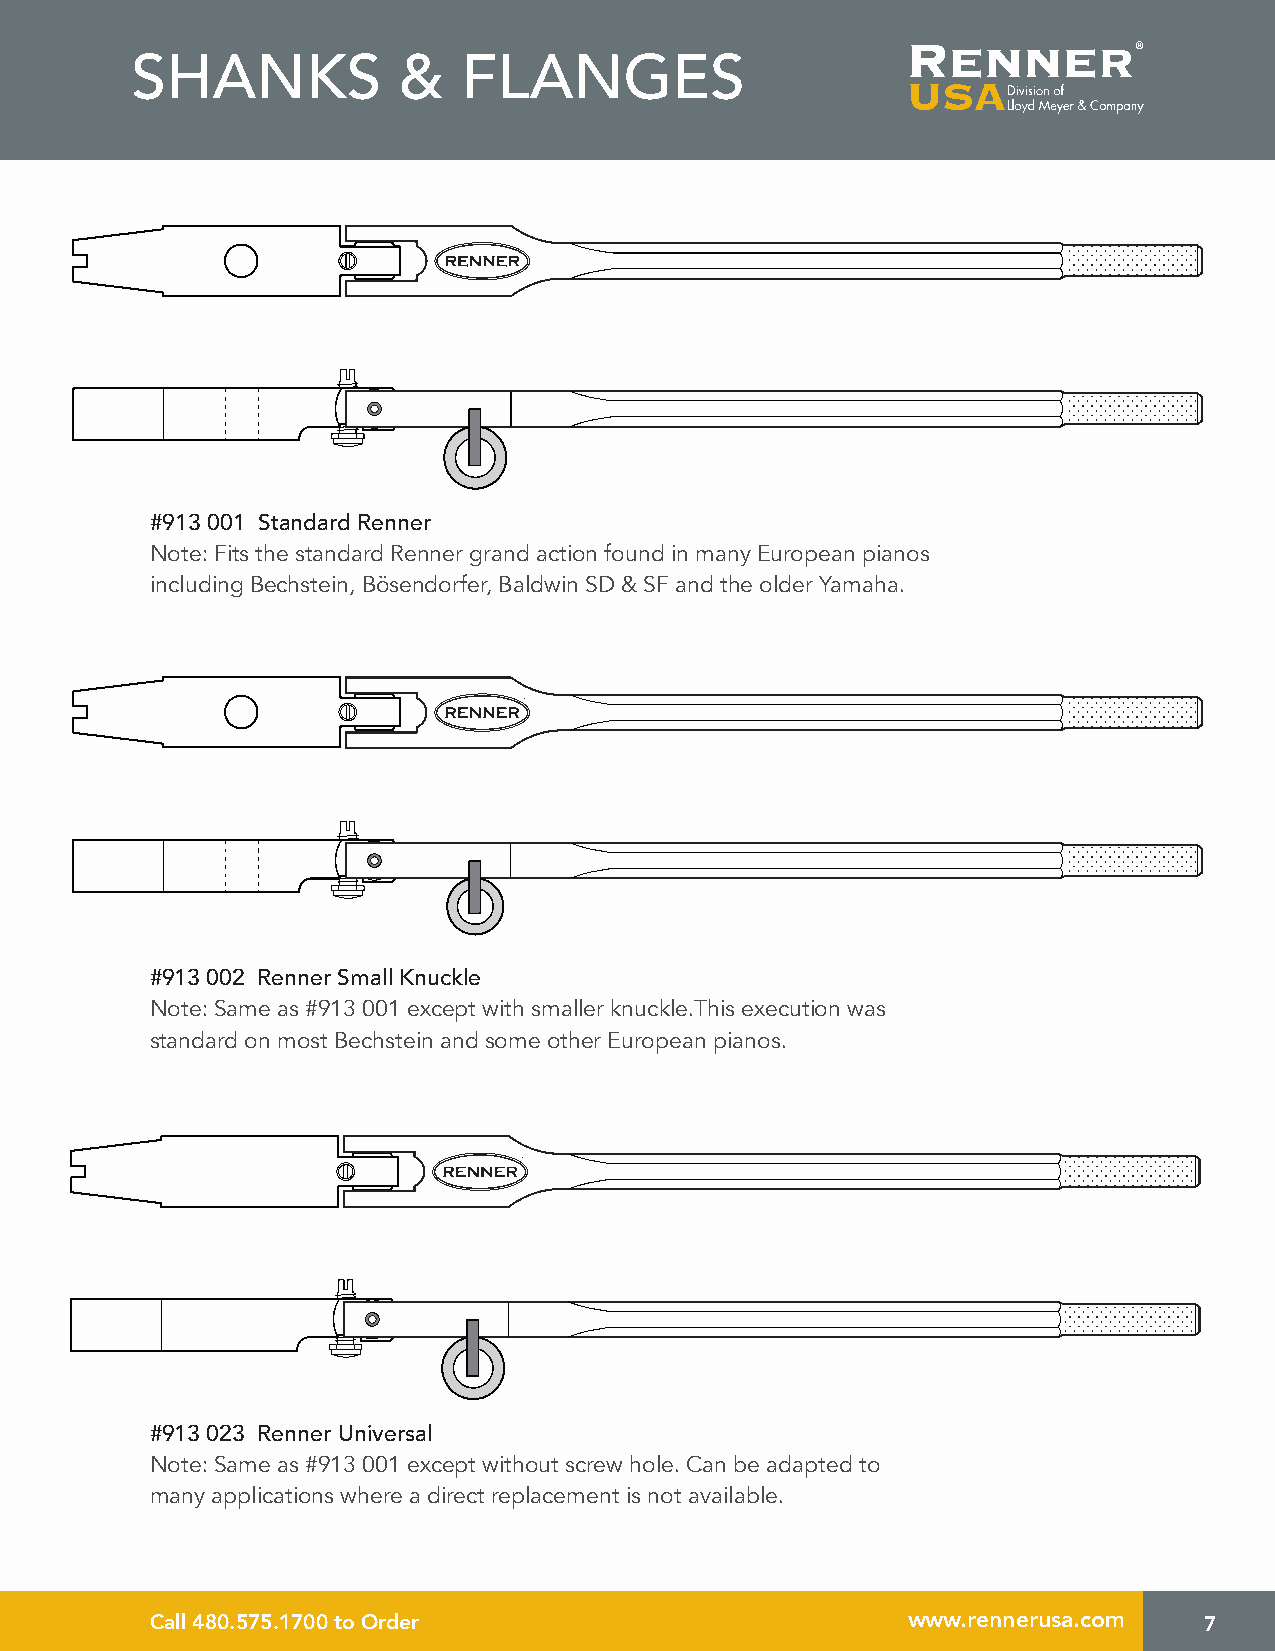
SHANKS           &    FLANGES
 #913 001 Standard Renner
 Note: Fits the standard Renner grand action found in many European pianos
 including Bechstein, Bösendorfer, Baldwin SD & SF and the older Yamaha.
 #913 002 Renner Small Knuckle
 Note: Same as #913 001 except with smaller knuckle.This execution was
 standard on most Bechstein and some other European pianos.
 #913 023 Renner Universal
 Note: Same as #913 001 except without screw hole. Can be adapted to
 many applications where a direct replacement is not available.
 Call 480.575.1700 to Order                        www.rennerusa.com   7